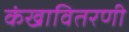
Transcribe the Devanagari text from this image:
कंखावितरणी